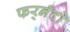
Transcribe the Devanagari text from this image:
फर्‌नँदो